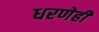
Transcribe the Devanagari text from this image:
धरणेही